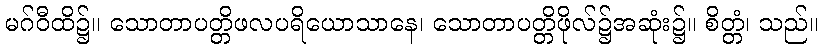
မဂ်ဝီထိ၌။ သောတာပတ္တိဖလပရိယောသာနေ၊ သောတာပတ္တိဖိုလ်၌အဆုံး၌။ စိတ္တံ၊ သည်။